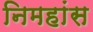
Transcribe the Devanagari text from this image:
निमहांस